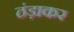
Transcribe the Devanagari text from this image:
ठंड़ाकर